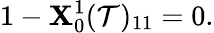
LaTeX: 1-\mathbf{X}_{0}^{1}(\mathcal{{T}})_{11}=0.